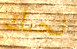
نحبك